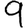
Digit: 9